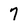
Character: 7